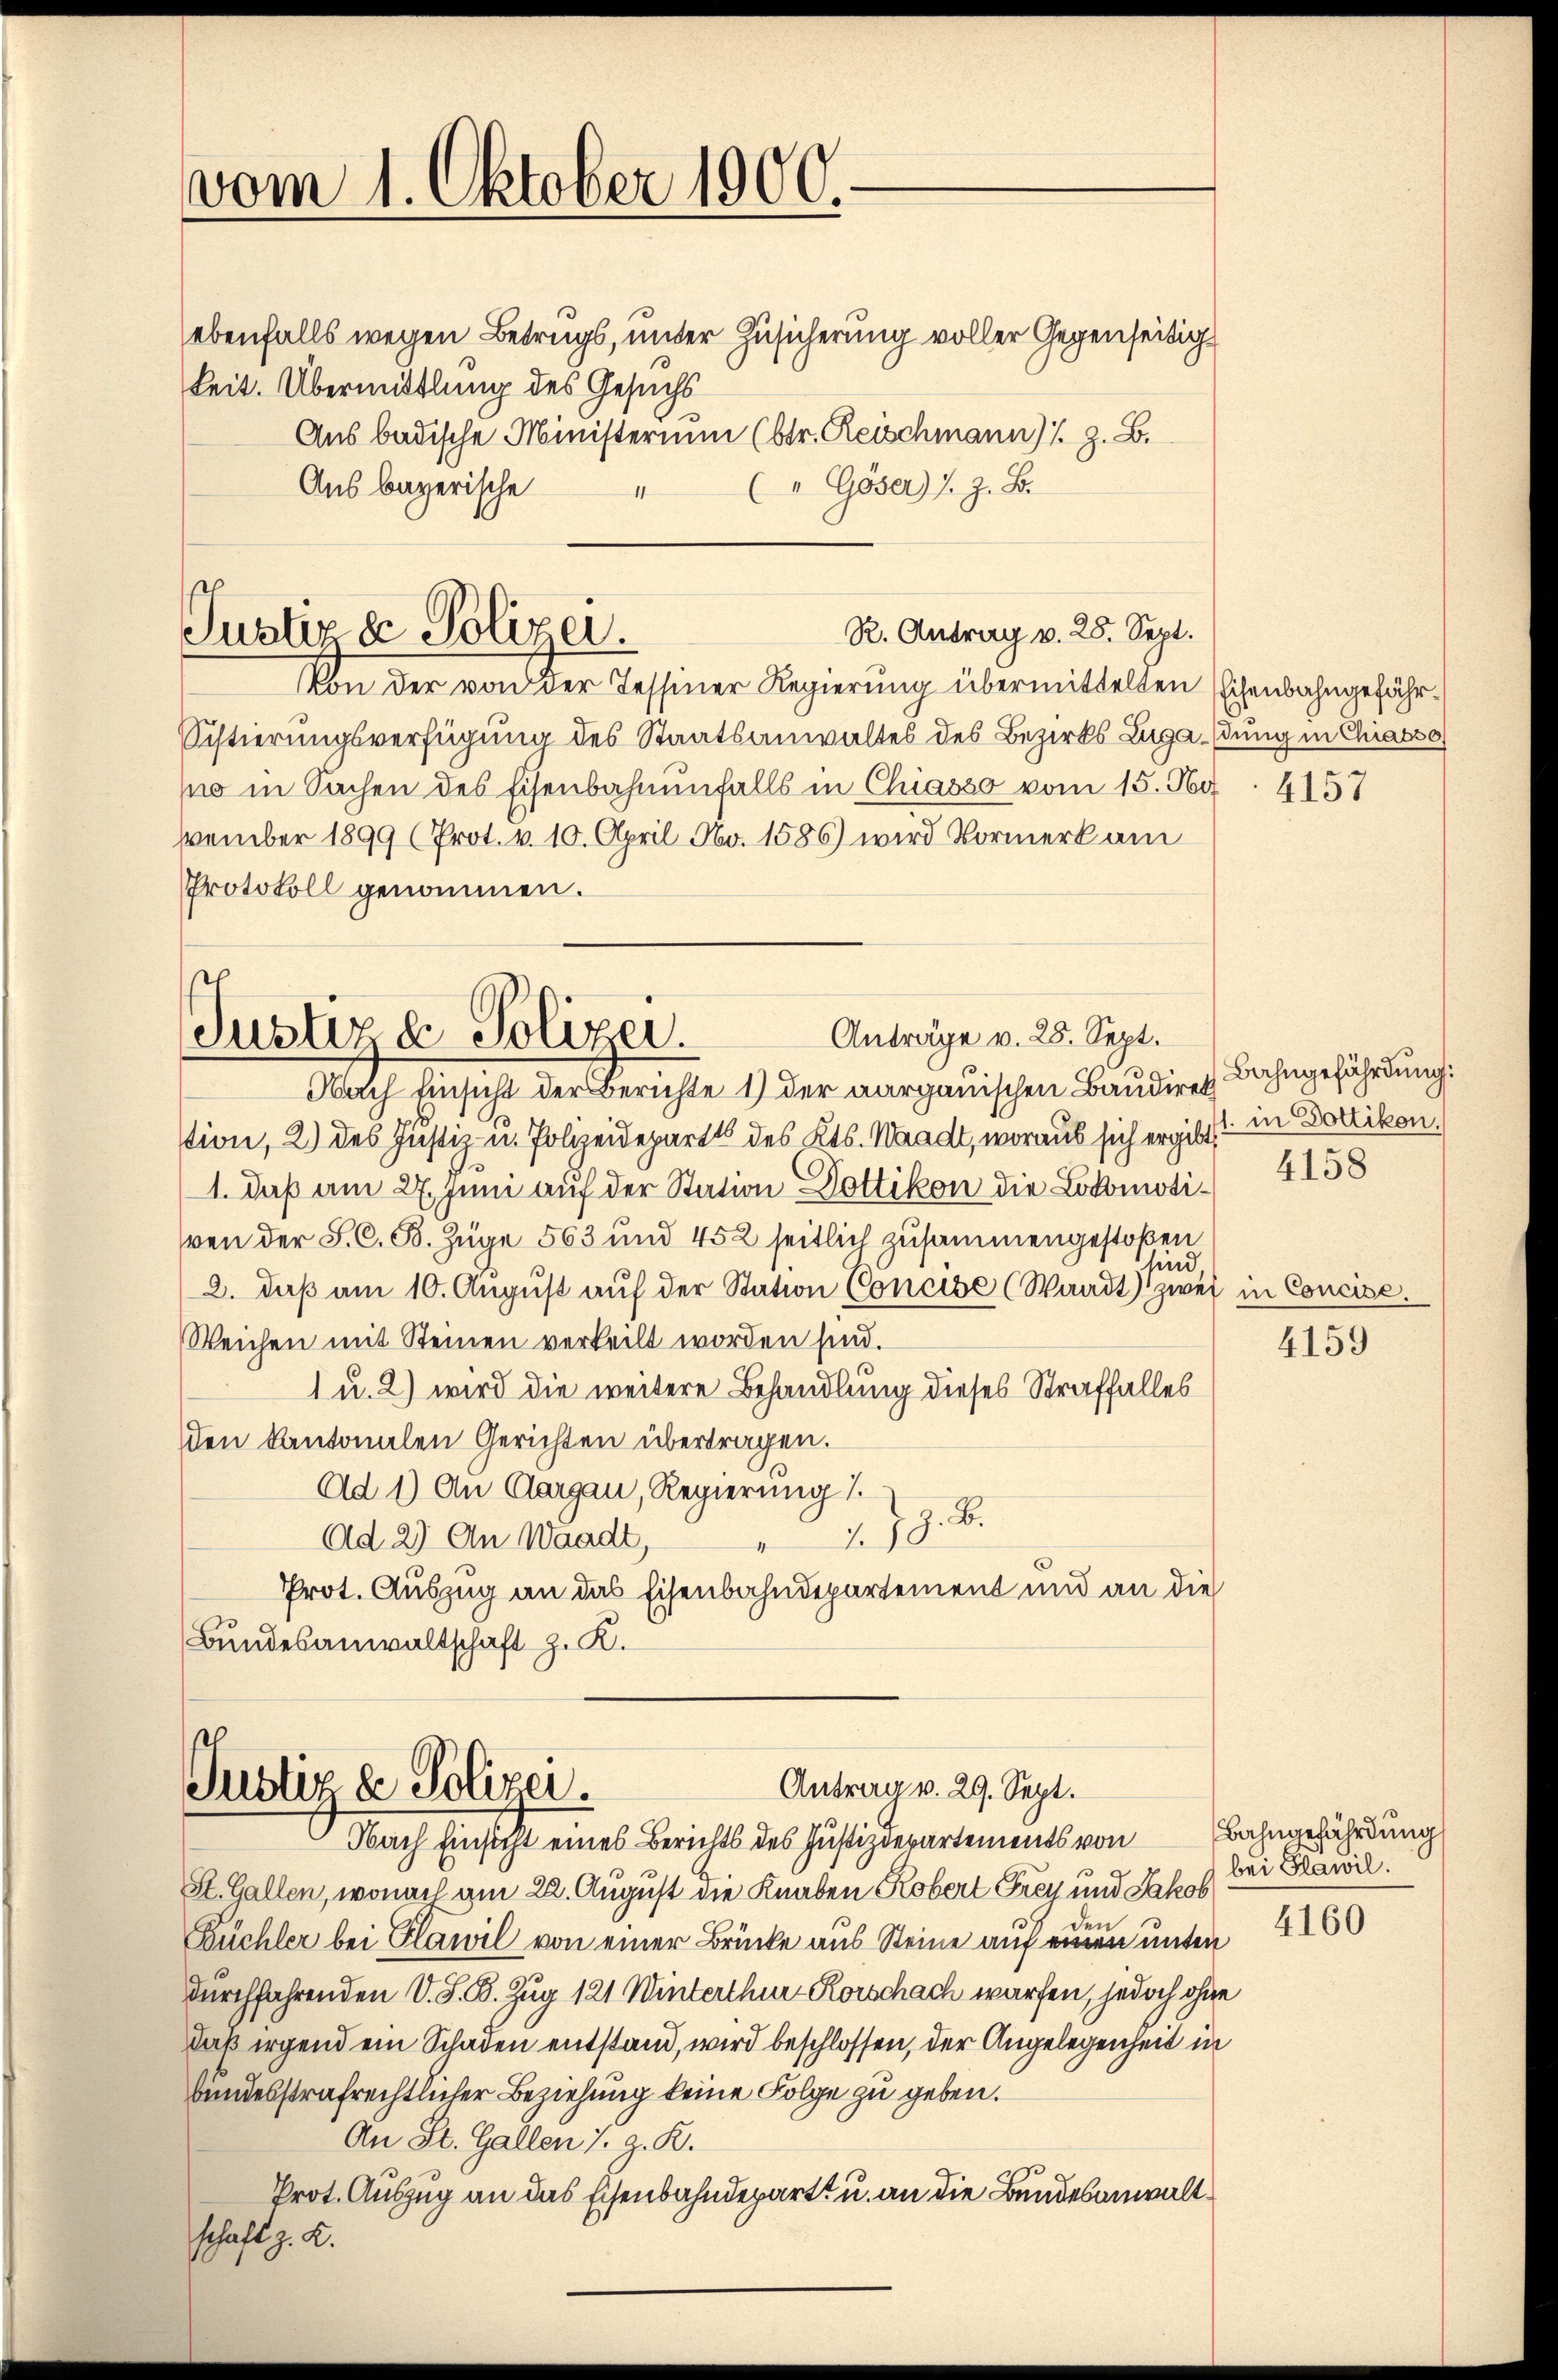
vom 1. Oktober 1900.

ebenfalls wegen Betrugs, unter Zusicherung voller Gegenseitigkeit. Übermittlung des Gesuchs
Aus badische Ministerium (btr. Reischmann) s. z. B.
Aus bayerische
(" Göser) u. z. B.
1

R. Antrag v. 25. Sept.
Justiz & Polizei.
Von der von der Tessiner Regierung übermittelten Eisenbahngefähr¬

Sistierungsverfügung des Staatsanwaltes des Bezirks Zugandung in Chiasso
po in Sachen des Eisenbahnenfalls in Chiasso vom 15. No
vember 1899 (Prot. v. 10. April No. 1586) wird Vormerk am
Protokoll genommen.

Anträge v. 25. Sept.
Justiz & Polizei.
g
Nach Einsicht der Berichte 1) der aargauischen Bandirek

stion, 2) des Justiz- u. Polizeidepart des Kts. Waadt, woraus sich ergibt
1. daß am 27. Juni auf der Station Dottikon die Lokomotiven der S. C. B. Zuge 563 und 452 seitlich zusammengestoßen
sind
2. daβ am 10. Aŭgŭst aŭf der Station Concise (Waadt) zwei in Concise.
Weichen mit Steinen verteilt worden sind.
1 u. 2) wird die weitere Behandlung dieses Straffalles
den Kantonalen Gerichten übertragen.
Ad 1) An Aargau, Regierung 1.
279. 8.
Ad 2) An Waadt,
Prot. Auszug an das Eisenbahndepartement und an die
Bundesanwaltschaft z. K.

Antrag v. 29. Sept.
Justiz ze Polizei.
Nach Einsicht eines Berichts des Justizdepartements von Bahngefährdung

St. Gallen, wonach am 22. August die Knaben Robert Frey und Jakob
Büchler bei Glawil von einer Brücke aus Steine auf einem unter
durchfahrenden V. S. B. Zug 121 Winterthur Korschach warfen, jedoch ohne
daß irgend ein Schaden entstand, wird beschlossen, der Angelegenheit in
bundesstrafrechtlicher Beziehung keine Folge zu geben.
An St. Gallen s. z. R.
Prot. Auszug an das Eisenbahndepart u. an die Bundesanwaltschaft z. B.

4157

Bahngefährdung:
. in Dottikon.

4158

4159

bei Glawil.
4160